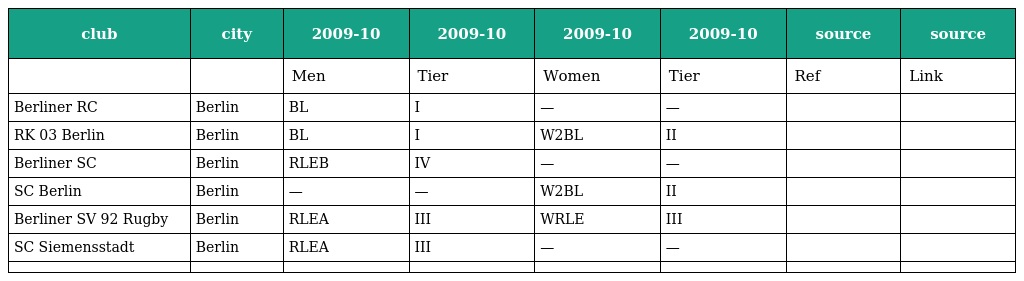
| club | city | 2009-10 | 2009-10 | 2009-10 | 2009-10 | source | source |
 | --- | --- | --- | --- | --- | --- | --- | --- |
 |  |  | Men | Tier | Women | Tier | Ref | Link |
 | Berliner RC | Berlin | BL | I | — | — |  |  |
 | RK 03 Berlin | Berlin | BL | I | W2BL | II |  |  |
 | Berliner SC | Berlin | RLEB | IV | — | — |  |  |
 | SC Berlin | Berlin | — | — | W2BL | II |  |  |
 | Berliner SV 92 Rugby | Berlin | RLEA | III | WRLE | III |  |  |
 | SC Siemensstadt | Berlin | RLEA | III | — | — |  |  |
 |  |  |  |  |  |  |  |  |